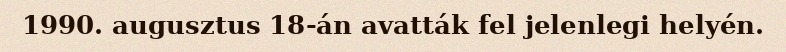
1990. augusztus 18-án avatták fel jelenlegi helyén.